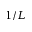
1 / L